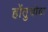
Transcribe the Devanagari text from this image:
होंतुचोवा